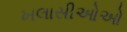
ખલાસીઓઓ